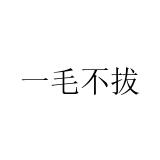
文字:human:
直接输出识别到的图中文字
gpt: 一毛不拔